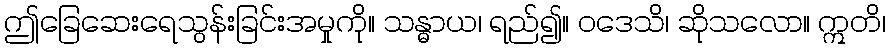
ဤခြေဆေးရေသွန်းခြင်းအမှုကို။ သန္ဓာယ၊ ရည်၍။ ဝဒေသိ၊ ဆိုသလော။ ဣတိ၊